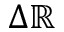
\Delta \mathbb { R }